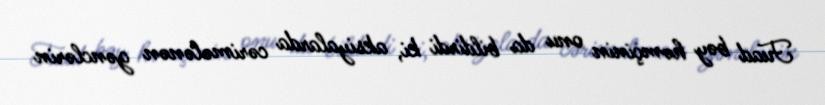
Fuad bəy həmçinin onu da bildirdi ki, aksiyalarda cərimələnən gənclərin